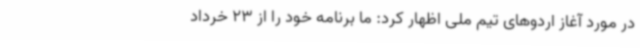
در مورد آغاز اردوهای تیم ملی اظهار کرد: ما برنامه خود را از 23 خرداد